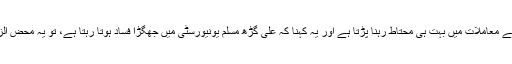
تو اس طرح کے معاملات میں بہت ہی محتاط رہنا پڑتا ہے اور یہ کہنا کہ علی گڑھ مسلم یونیورسٹی میں جھگڑا فساد ہوتا رہتا ہے، تو یہ محض الزام تراشی ہے۔